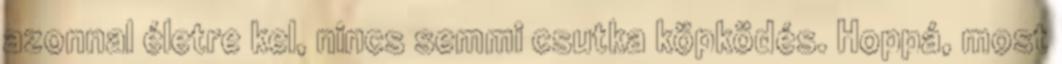
azonnal életre kel, nincs semmi csutka köpködés. Hoppá, most